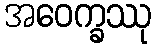
အဝေက္ခဿု